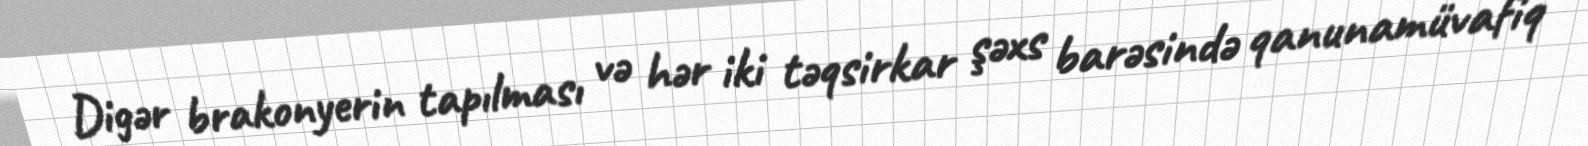
Digər brakonyerin tapılması və hər iki təqsirkar şəxs barəsində qanunamüvafiq